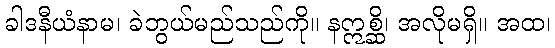
ခါဒနီယံနာမ၊ ခဲဘွယ်မည်သည်ကို။ နဣစ္ဆိ၊ အလိုမရှိ။ အထ၊